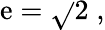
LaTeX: \mathrm{e}={\sqrt{}{{2}}}\; ,